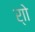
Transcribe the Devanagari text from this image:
र्‍ाो